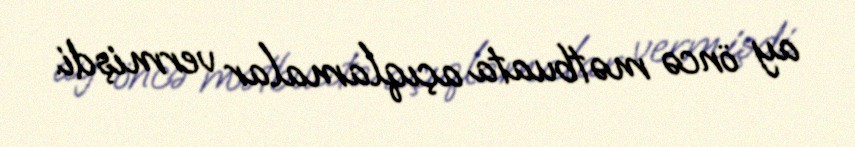
ay öncə mətbuata açıqlamalar vermişdi.